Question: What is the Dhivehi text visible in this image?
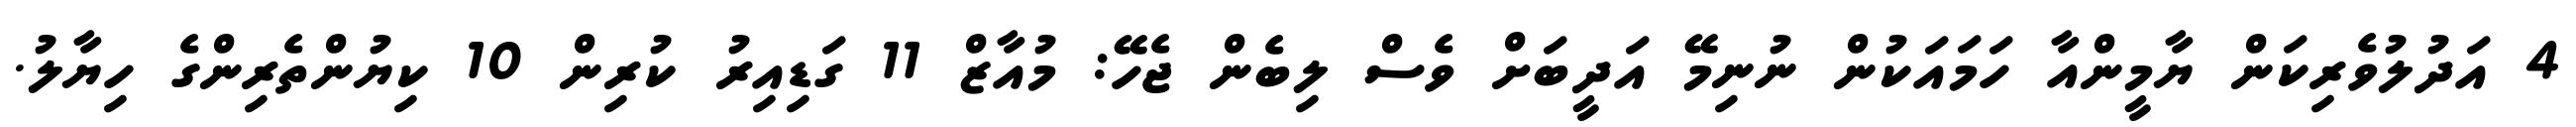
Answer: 4 އަދުލުވެރިކަން ޔާމީންއާ ހަމައަކުން ނުނިމޭ އަދީބަށް ވެސް ލިބެން ޖެހޭ: މުއާޒް 11 ގަޑިއިރު ކުރިން 10 ކިޔުންތެރިންގެ ހިޔާލު.